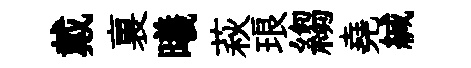
戴裏曦萩琅縐堯緘